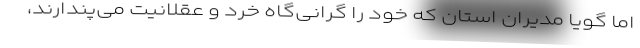
اما گویا مدیران استان که خود را گرانی‌گاه خرد و عقلانیت می‌پندارند،